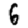
Digit: 6